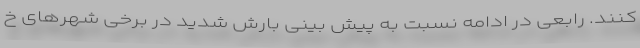
کنند. رابعی در ادامه نسبت به پیش بینی بارش‌ شدید در برخی شهرهای خ